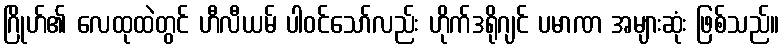
ဂြိုဟ်၏ လေထုထဲတွင် ဟီလီယမ် ပါဝင်သော်လည်း ဟိုက်ဒရိုဂျင် ပမာဏ အများဆုံး ဖြစ်သည်။